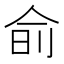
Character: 𬾊